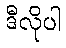
ဒီလိုပါ